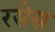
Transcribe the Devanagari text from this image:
रसेस